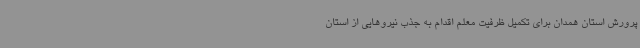
پرورش استان همدان برای تکمیل ظرفیت معلم اقدام به جذب نیروهایی از استان